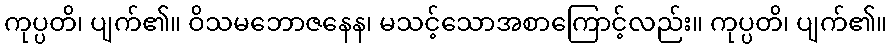
ကုပ္ပတိ၊ ပျက်၏။ ဝိသမဘောဇနေန၊ မသင့်သောအစာကြောင့်လည်း။ ကုပ္ပတိ၊ ပျက်၏။